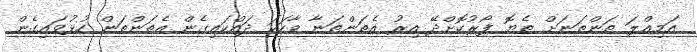
އަމިއްލަ ތަންތަނަށް ތެޔޮ ފޯރުކޮށްދޭ އިރު އެތަންތަނާ ވާހަކަ ދައްކައިގެން އެތަންތަން ހުޅުވައިގެން